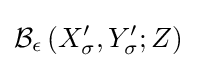
{\mathcal {B}}_{\epsilon }\left(X_{\sigma }^{\prime },Y_{\sigma }^{\prime };Z\right)